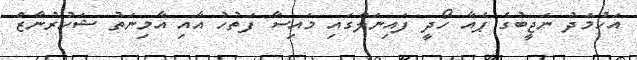
އަހުމަދު ނަޖީބުގެ ޕެއާ ހޯދީ ފައިނަލްގައި މައިސާ ފަތުހު އާއި އާމިނަތު ޝަހުރުނާޒް